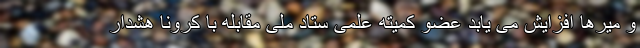
و میرها افزایش می یابد عضو کمیته علمی ستاد ملی مقابله با کرونا هشدار